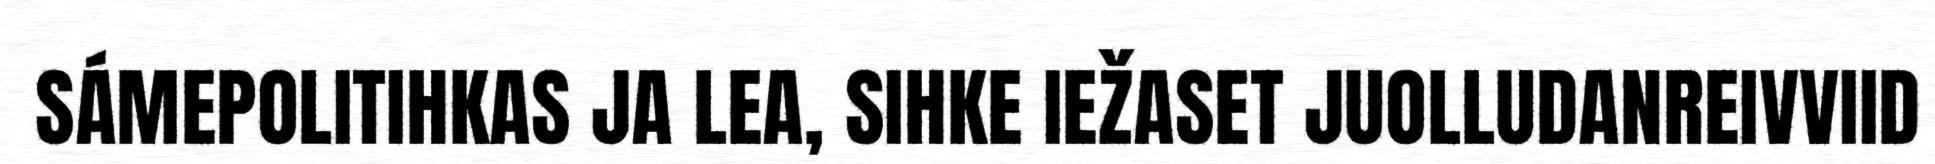
SÁMEPOLITIHKAS JA LEA, SIHKE IEŽASET JUOLLUDANREIVVIID